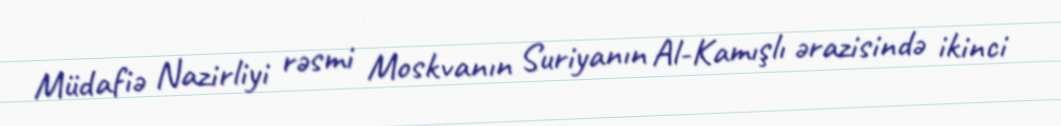
Müdafiə Nazirliyi rəsmi Moskvanın Suriyanın Al-Kamışlı ərazisində ikinci